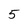
Character: 5